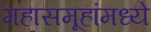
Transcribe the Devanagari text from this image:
महासमूहांमध्ये